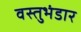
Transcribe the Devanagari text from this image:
वस्तुभंडार